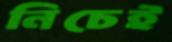
নিচেই